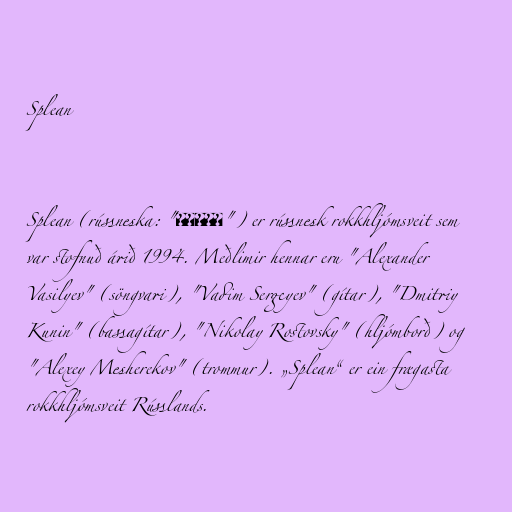
Splean

Splean (rússneska: "Сплин") er rússnesk rokkhljómsveit sem
var stofnuð árið 1994. Meðlimir hennar eru "Alexander
Vasilyev" (söngvari), "Vadim Sergeyev" (gítar), "Dmitriy
Kunin" (bassagítar), "Nikolay Rostovsky" (hljómborð) og
"Alexey Mesherekov" (trommur). „Splean“ er ein frægasta
rokkhljómsveit Rússlands.